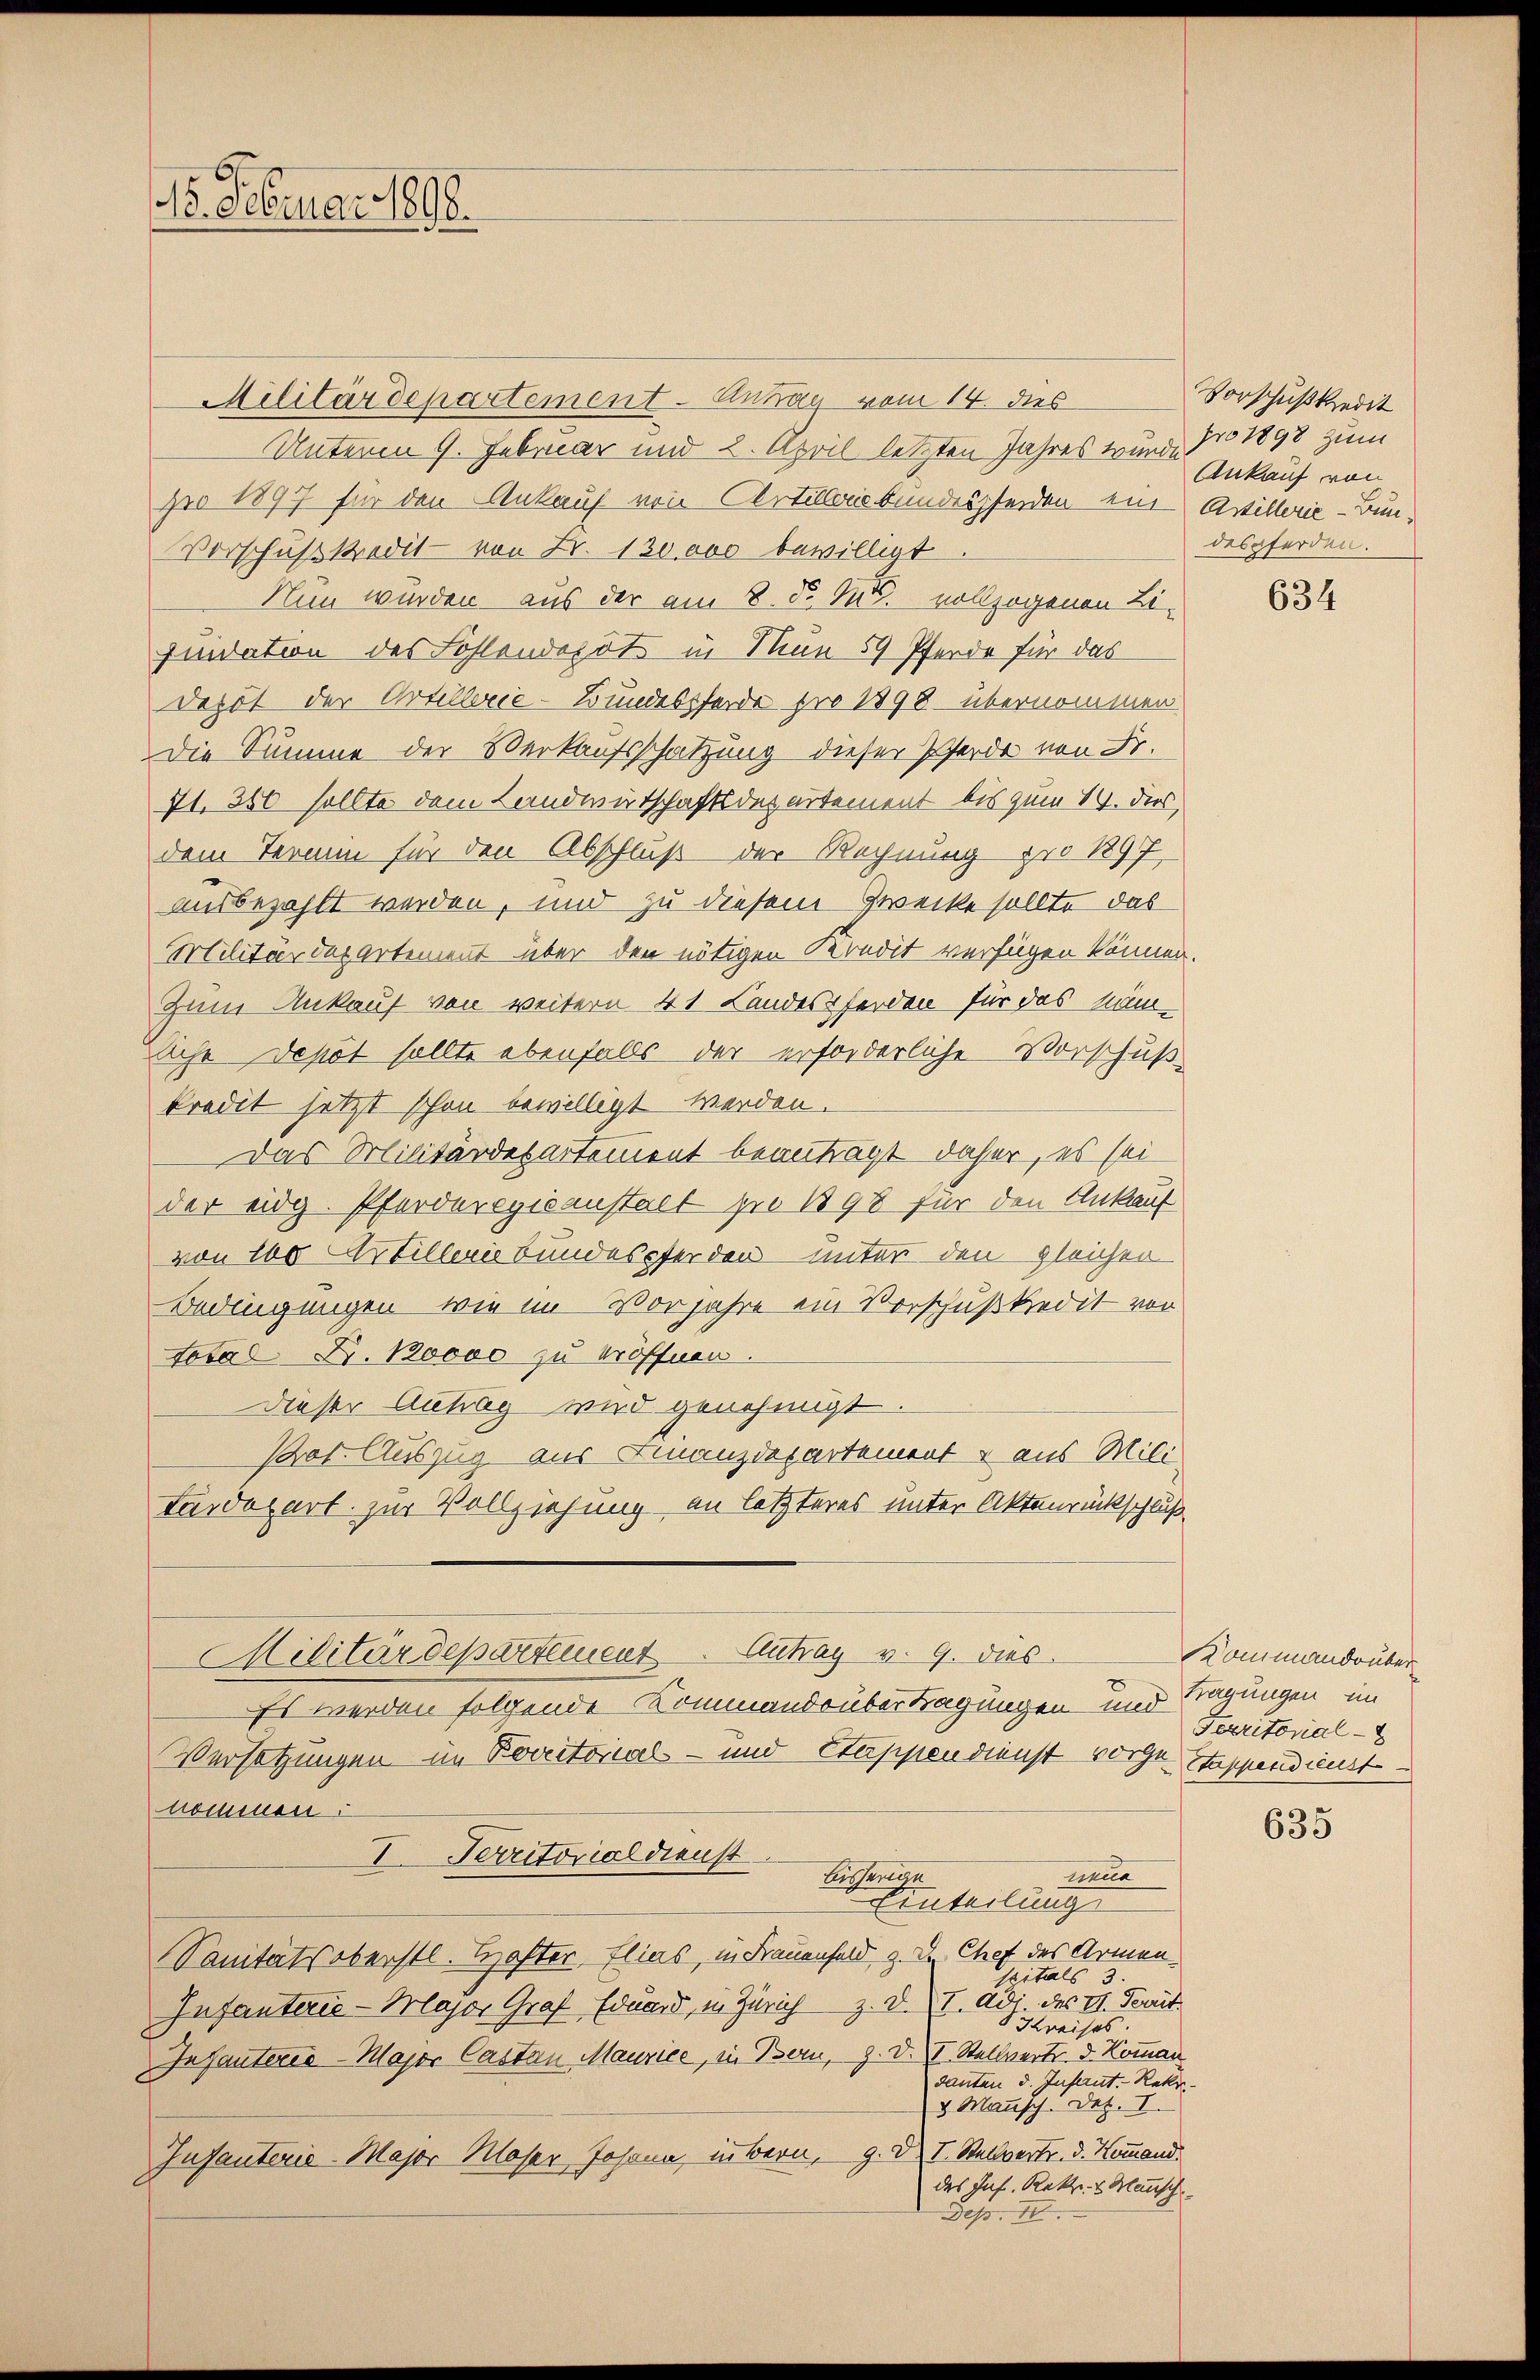
18. Februar 1898.

Militärdepartement. Antrag vom 14. dies
Unterm 9. Februar und 2. April letzten Jahres wurde
pro 1897 für den Ankauf von Artillaisbundespferden ein Astillerie-Bun¬
Vorschußkredit von Fr. 130000 bewilligt
Nun wurden aus der am 8. d. Rud. vollzogenen Liquidation des Fohlendepots in Mun 59 Pferde für das
Depot der Artillerie-Bundesserde pro 1898 übernommen
Die Summe der Verkaufsschätzung dieser Pferde von Fr.
71. 350 sollte dem Landwirtschaftsdepartement bis zum 14. dies
dem Termin für den Abschluß der Rechnung pro 1897
ausbezahlt werden, und zu diesem Zwecke sollte das
Militärdepartement über den nötigen Kredit verfügen können.
Zum Ankauf von weitern 41 Landespferden für das nämliche Depot sollte ebenfalls der erforderliche Vorschuß
kredit jetzt schon bewilligt werden.
Das Militärdepartement beanträgt daher, es sei
der eidg. Pferderegicanstalt pro 1898 für den Ankauf
von 100 Artilleris bundespferden unter den gleichen
Bedingungen, wie im Vorjahre ein Vorschußkredit vor
Total Fr. 10000 zu eröffnen.
dieser Antrag wird genehmigt
Prof. Auszug aus Finanzdepartement & aus Mili
Lärdepart zur Vollziehung an letzteres unter Aktenrückschluß
Militärdepartement. Antrag v. 9. dies
Es werden folgende Kommando übertragungen und
Versetzungen im Porectorial- und Stappen dienst vorge Stappendienst
nommen:
I. Perritorial dienst
neue
Bisherige
Einteilung
Sanitätsoberstl. Hofter, Elias, in Frauenfeld z. B. Chef des Armenspitals 3.
z. Dr. I. Adr des II. Derrit
Infanterie-Major Graf Eduard, in Zürich
S Kreises.
Infanterie-Major Castan Maurice, in Bern, z. D. V. Stellvertr. d. Komman
danten d. Infant. Rekr
3 Mannsch. Dez. I.
Infanterie-Major Moser Johann in Bern, 9. d. I. Stellvertr. d. Kommand.
das Inf. Rekr. v. Mensch
Dep. II.

Vorschußkredit
pro 1898 zum
Ankauf von
despferden.

634

Kommandober
Tragungen im
Serritorial

635